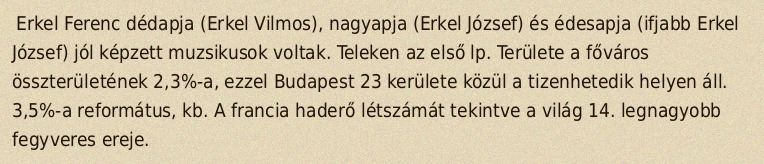
Erkel Ferenc dédapja (Erkel Vilmos), nagyapja (Erkel József) és édesapja (ifjabb Erkel József) jól képzett muzsikusok voltak. Teleken az első lp. Területe a főváros összterületének 2,3%-a, ezzel Budapest 23 kerülete közül a tizenhetedik helyen áll. 3,5%-a református, kb. A francia haderő létszámát tekintve a világ 14. legnagyobb fegyveres ereje.